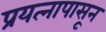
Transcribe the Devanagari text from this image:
प्रयत्‍नापासून